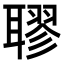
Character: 𦗖